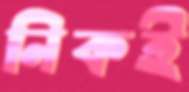
নিকই